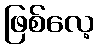
ဖြစ်လေ့